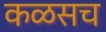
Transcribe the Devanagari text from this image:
कळसच